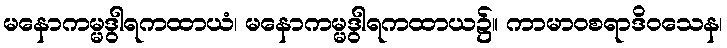
မနောကမ္မဒွါရကထာယံ၊ မနောကမ္မဒွါရကထာယ၌။ ကာမာဝစရာဒိဝသေန၊